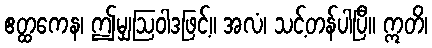
ဧတ္ထကေန၊ ဤမျှဩဝါဒဖြင့်။ အလံ၊ သင့်တန်ပါပြီ။ ဣတိ၊